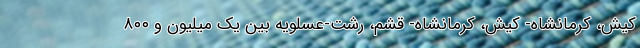
کیش، کرمانشاه- کیش، کرمانشاه- قشم، رشت-عسلویه بین یک میلیون و ۸۰۰